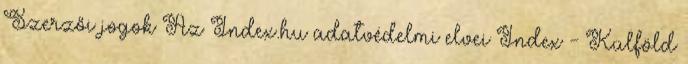
Szerzői jogok Az Index.hu adatvédelmi elvei Index - Külföld